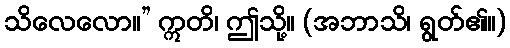
သိလေလော။” ဣတိ၊ ဤသို့။ (အဘာသိ၊ ရွတ်၏။)